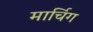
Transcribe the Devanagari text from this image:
मार्चिग